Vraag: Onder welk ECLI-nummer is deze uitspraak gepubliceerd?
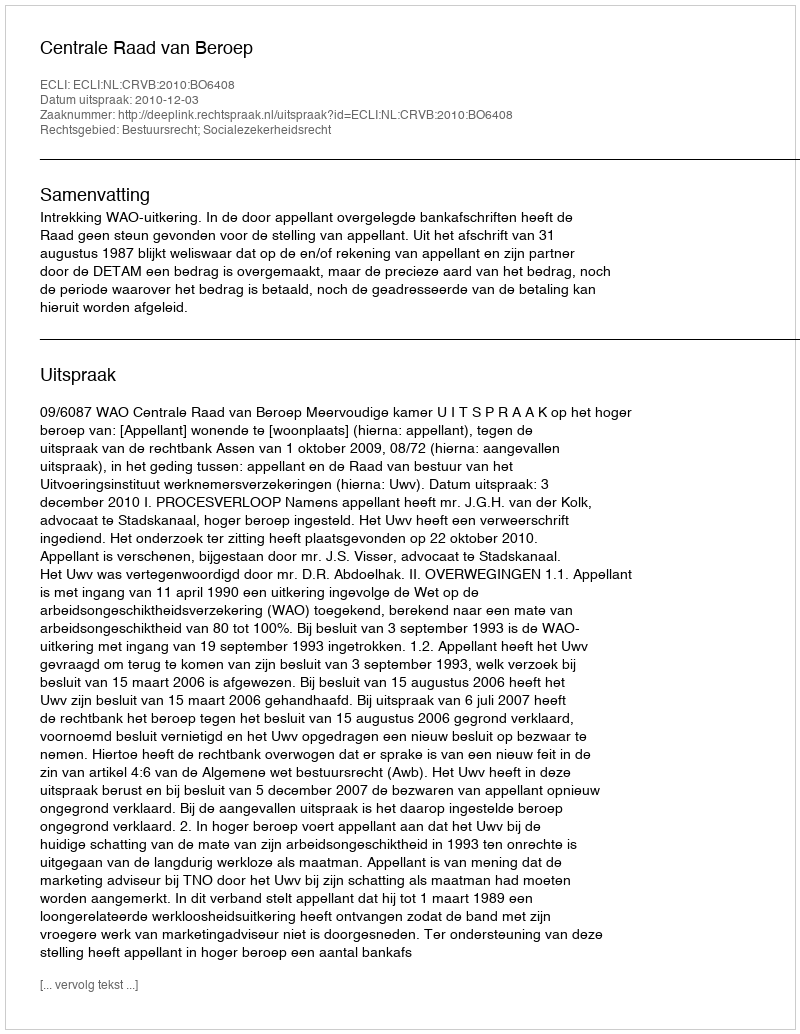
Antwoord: ECLI:NL:CRVB:2010:BO6408